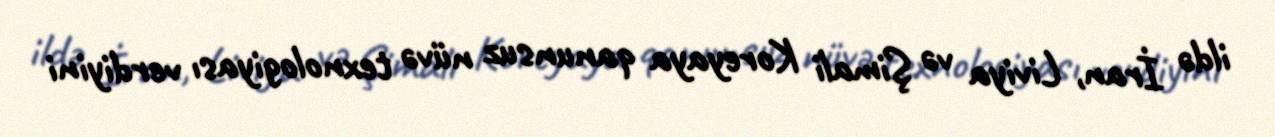
ildə İran, Liviya və Şimali Koreyaya qanunsuz nüvə texnologiyası verdiyini